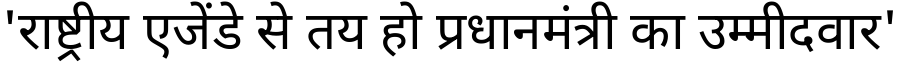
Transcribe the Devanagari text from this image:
'राष्ट्रीय एजेंडे से तय हो प्रधानमंत्री का उम्मीदवार'